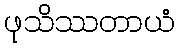
ဖုသိဿတာယံ